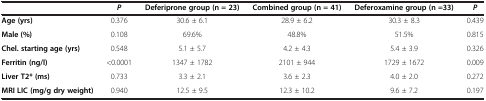
<table><thead><tr><td>[EMPTY_CELL]</td><td><b><i>P</i></b></td><td><b>Deferiprone group (n = 23)</b></td><td><b>Combined group (n = 41)</b></td><td><b>Deferoxamine group (n =33)</b></td><td><b><i>P</i></b></td></tr></thead><tbody><tr><td><b>Age (yrs)</b></td><td>0.376</td><td>30.6 ± 6.1</td><td>28.9 ± 6.2</td><td>30.3 ± 8.3</td><td>0.439</td></tr><tr><td><b>Male (%)</b></td><td>0.108</td><td>69.6%</td><td>48.8%</td><td>51.5%</td><td>0.815</td></tr><tr><td><b>Chel. starting age (yrs)</b></td><td>0.548</td><td>5.1 ± 5.7</td><td>4.2 ± 4.3</td><td>5.4 ± 3.9</td><td>0.326</td></tr><tr><td><b>Ferritin (ng/l)</b></td><td>&lt;0.0001</td><td>1347 ± 1782</td><td>2101 ± 944</td><td>1729 ± 1672</td><td>0.009</td></tr><tr><td><b>Liver T2* (ms)</b></td><td>0.733</td><td>3.3 ± 2.1</td><td>3.6 ± 2.3</td><td>4.0 ± 2.0</td><td>0.272</td></tr><tr><td><b>MRI LIC (mg/g dry weight)</b></td><td>0.940</td><td>12.5 ± 9.5</td><td>12.3 ± 10.2</td><td>9.6 ± 7.2</td><td>0.197</td></tr></tbody></table>